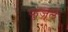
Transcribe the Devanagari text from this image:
फुज़ूल